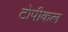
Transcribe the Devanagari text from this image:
टोपीकल